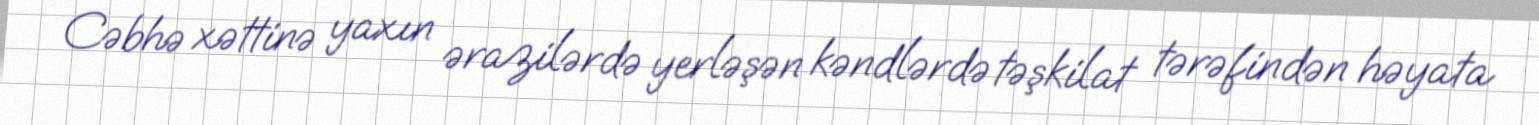
Cəbhə xəttinə yaxın ərazilərdə yerləşən kəndlərdə təşkilat tərəfindən həyata